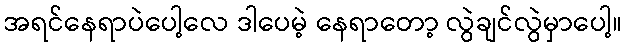
အရင်နေရာပဲပေါ့လေ ဒါပေမဲ့ နေရာတော့ လွဲချင်လွဲမှာပေါ့။